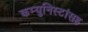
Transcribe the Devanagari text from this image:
कम्युनिस्टांसह